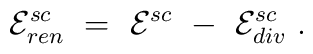
{\cal E}_{ren}^{sc}\ =\ {\cal E}^{sc}\ -\ {\cal E}_{div}^{sc}\ .